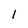
Character: 1